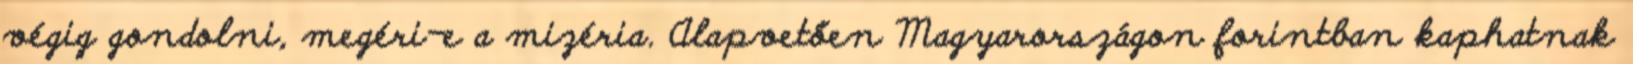
végig gondolni, megéri-e a mizéria. Alapvetően Magyarországon forintban kaphatnak